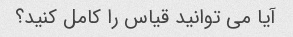
آیا می توانید قیاس را کامل کنید؟